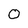
Character: O